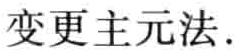
变更主元法.